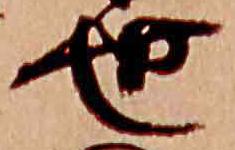
世